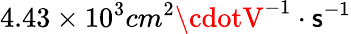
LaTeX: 4.43\times10^{3}cm^{2}\cdotV^{-1}\cdot\mathsf{s}^{-1}